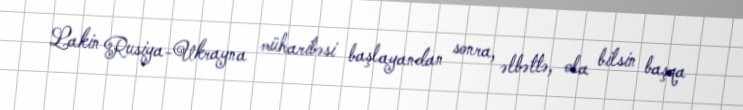
Lakin Rusiya-Ukrayna müharibəsi başlayandan sonra, əlbəttə, ola bilsin başqa